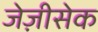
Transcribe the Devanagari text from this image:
जेज़ीसेक